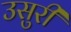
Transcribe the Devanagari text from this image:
उसुरी